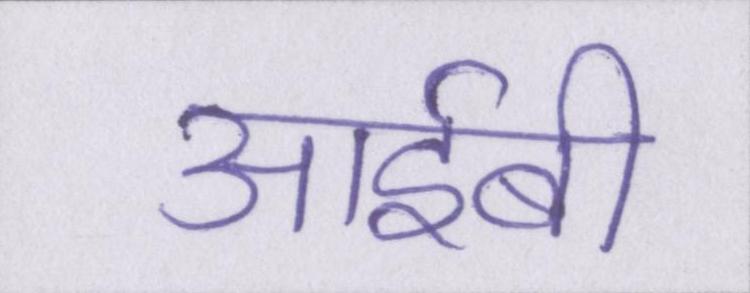
आईबी